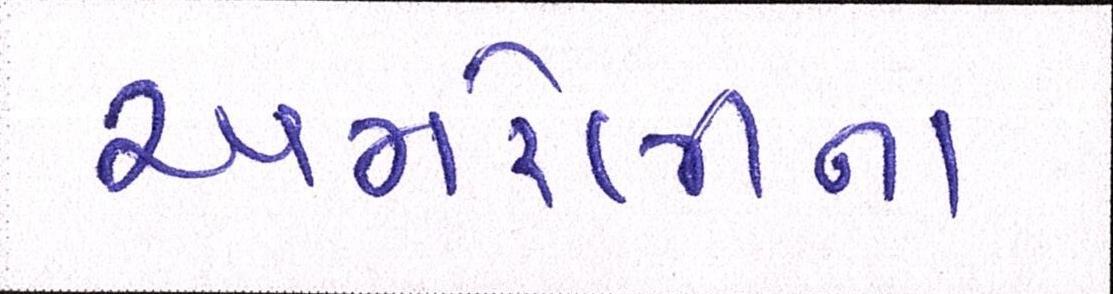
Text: અમરેલીના